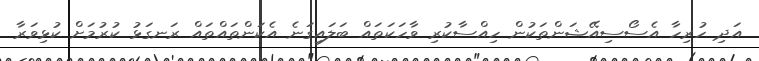
އަދި ހުރިހާ އެސޯސިއޭޝަންތަކުން ހިއްސާކުރި ވާހަކަތައް ބަލައިގަނެ އެކަންތައްތައް ރަނގަޅު ކުރުމަށް ކުޅިވަރާ